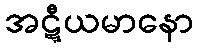
အဋ္ဋီယမာနော